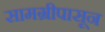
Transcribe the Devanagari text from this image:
सामग्रीपासून